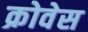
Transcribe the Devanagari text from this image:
क्रोवेस